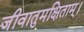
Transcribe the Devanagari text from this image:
जीवातुमक्षिताम्।